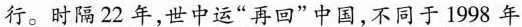
行。时隔22年，世中运”再回”中国，不同于1998年